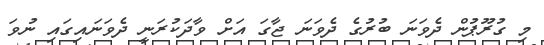
މި ގުރޫޕުން ދެވަނަ ބުރުގެ ދެވަނަ ޖާގަ އަށް ވާދަކުރަނީ ދެވަނައިގައި ނުވަ